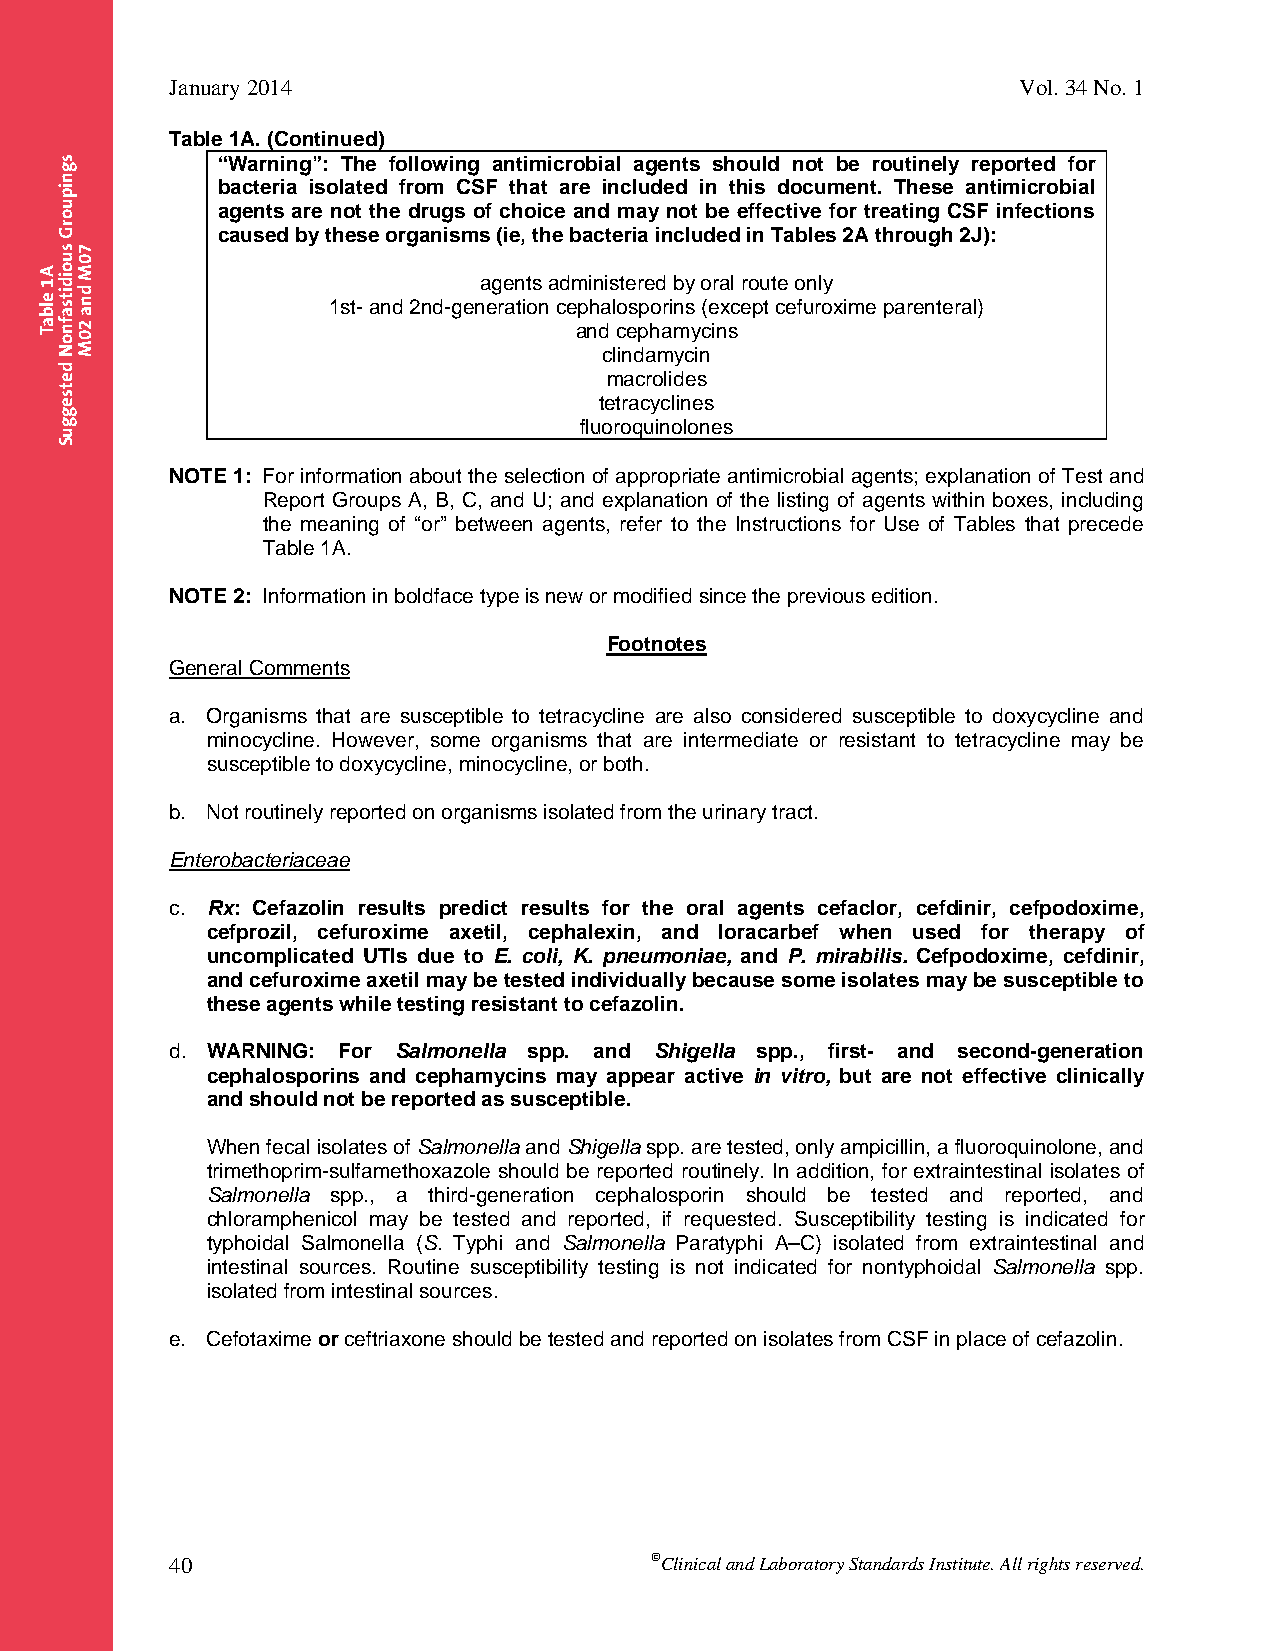
January 2014                                            Vol. 34 No. 1
 Table 1A. (Continued)
 “Warning”: The following antimicrobial agents should not be routinely reported for
 bacteria isolated from CSF that are included in this document. These antimicrobial
 agents are not the drugs of choice and may not be effective for treating CSF infections
 caused by these organisms (ie, the bacteria included in Tables 2A through 2J):
 agents administered by oral route only
 1st- and 2nd-generation cephalosporins (except cefuroxime parenteral)
 and cephamycins
 clindamycin
 macrolides
 tetracyclines
 fluoroquinolones
 NOTE 1: For information about the selection of appropriate antimicrobial agents; explanation of Test and
 Report Groups A, B, C, and U; and explanation of the listing of agents within boxes, including
 the meaning of “or” between agents, refer to the Instructions for Use of Tables that precede
 Table 1A.
 NOTE 2: Information in boldface type is new or modified since the previous edition.
 Footnotes
 General Comments
 a. Organisms that are susceptible to tetracycline are also considered susceptible to doxycycline and
 minocycline. However, some organisms that are intermediate or resistant to tetracycline may be
 susceptible to doxycycline, minocycline, or both.
 b. Not routinely reported on organisms isolated from the urinary tract.
 Enterobacteriaceae
 c. Rx: Cefazolin results predict results for the oral agents cefaclor, cefdinir, cefpodoxime,
 cefprozil, cefuroxime axetil, cephalexin, and loracarbef when used for therapy of
 uncomplicated UTIs due to E. coli, K. pneumoniae, and P. mirabilis. Cefpodoxime, cefdinir,
 and cefuroxime axetil may be tested individually because some isolates may be susceptible to
 these agents while testing resistant to cefazolin.
 d. WARNING: For Salmonella spp. and Shigella spp., first- and second-generation
 cephalosporins and cephamycins may appear active in vitro, but are not effective clinically
 and should not be reported as susceptible.
 When fecal isolates of Salmonella and Shigella spp. are tested, only ampicillin, a fluoroquinolone, and
 trimethoprim-sulfamethoxazole should be reported routinely. In addition, for extraintestinal isolates of
 Salmonella spp., a third-generation cephalosporin should be tested and reported, and
 chloramphenicol may be tested and reported, if requested. Susceptibility testing is indicated for
 typhoidal Salmonella (S. Typhi and Salmonella Paratyphi A–C) isolated from extraintestinal and
 intestinal sources. Routine susceptibility testing is not indicated for nontyphoidal Salmonella spp.
 isolated from intestinal sources.
 e. Cefotaxime or ceftriaxone should be tested and reported on isolates from CSF in place of cefazolin.
 40                              Clinical and Laboratory Standards Institute. All rights reserved.
 Thisdocumentisprotectedbycopyright.
 PublishedOn1/1/2014.
 A1
 elbaT
 sgnipuorG
 suoiditsafnoN
 detsegguS
 70M
 dna
 20M